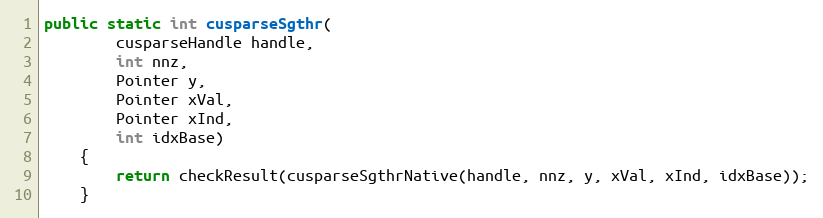
Language: Java
public static int cusparseSgthr(
        cusparseHandle handle,
        int nnz,
        Pointer y,
        Pointer xVal,
        Pointer xInd,
        int idxBase)
    {
        return checkResult(cusparseSgthrNative(handle, nnz, y, xVal, xInd, idxBase));
    }